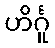
ဟိင်္ဂူ